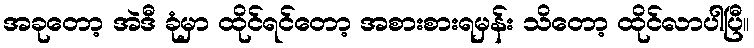
အခုတော့ အဲဒီ ခုံမှာ ထိုင်ရင်တော့ အစားစားရမှန်း သိတော့ ထိုင်လာပါပြီ။